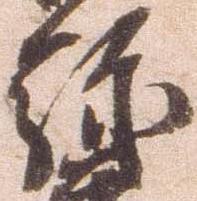
弥